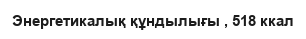
Энергетикалық құндылығы , 518 ккал